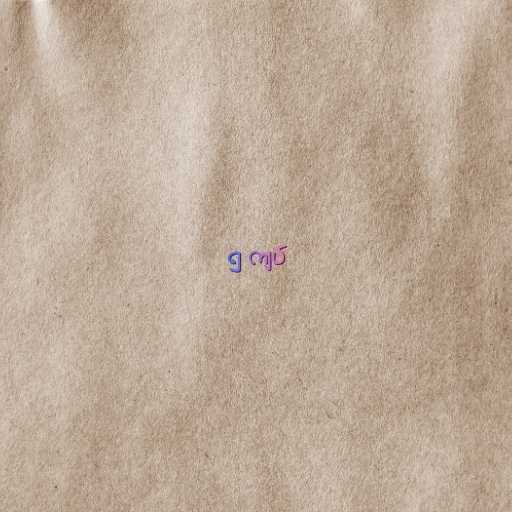
၅ ကျပ်